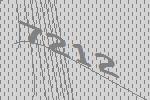
7212